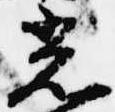
光